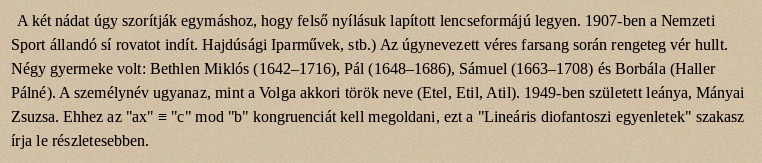
A két nádat úgy szorítják egymáshoz, hogy felső nyílásuk lapított lencseformájú legyen. 1907-ben a Nemzeti Sport állandó sí rovatot indít. Hajdúsági Iparművek, stb.) Az úgynevezett véres farsang során rengeteg vér hullt. Négy gyermeke volt: Bethlen Miklós (1642–1716), Pál (1648–1686), Sámuel (1663–1708) és Borbála (Haller Pálné). A személynév ugyanaz, mint a Volga akkori török neve (Etel, Etil, Atil). 1949-ben született leánya, Mányai Zsuzsa. Ehhez az "ax" ≡ "c" mod "b" kongruenciát kell megoldani, ezt a "Lineáris diofantoszi egyenletek" szakasz írja le részletesebben.